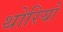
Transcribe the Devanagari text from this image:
थोरियो